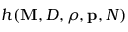
h { ( { \mathbf { M } } , D , \rho , { \mathbf { p } } , N ) }